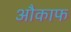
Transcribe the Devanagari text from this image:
औकाफ